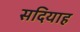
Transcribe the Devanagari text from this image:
सदियाह